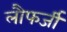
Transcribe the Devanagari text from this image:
लौफर्जी